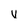
Character: v